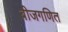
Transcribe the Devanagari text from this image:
बीजगणित